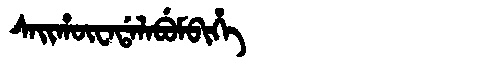
Manchu: ᠰᠠᡳᡥᡡᠸᠠᡩᠠᠯᠠᠪᡠᠮᠪᡳᡥᡝ
Romanization: SAIHŪWADALABUMBIHE